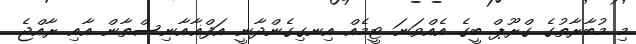
މި މުބާރާތުގެ ގްރޫޕް ބީގެ އެއްވަނަ ޓީމެއް އިނގިގެންދާނީ އަފްޣާއާނިސްތާން އާއި ރާއްޖެ